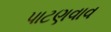
પાટણવાવ